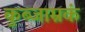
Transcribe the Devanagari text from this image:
कुब्जाम्रकं